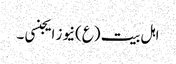
اہل بیت (ع)نیوز ایجنسی ۔